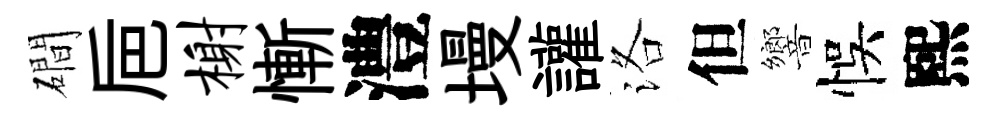
磵巵榭慚澧墁讙洛但響悞熙